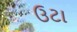
ઉટા